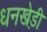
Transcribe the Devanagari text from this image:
धनखेड़ी